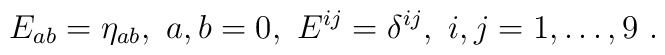
E_{ab}=\eta_{ab}, \  a,b=0, \ E^{ij}=\delta^{ij}, \  i,j=1,\dots,9 \ .